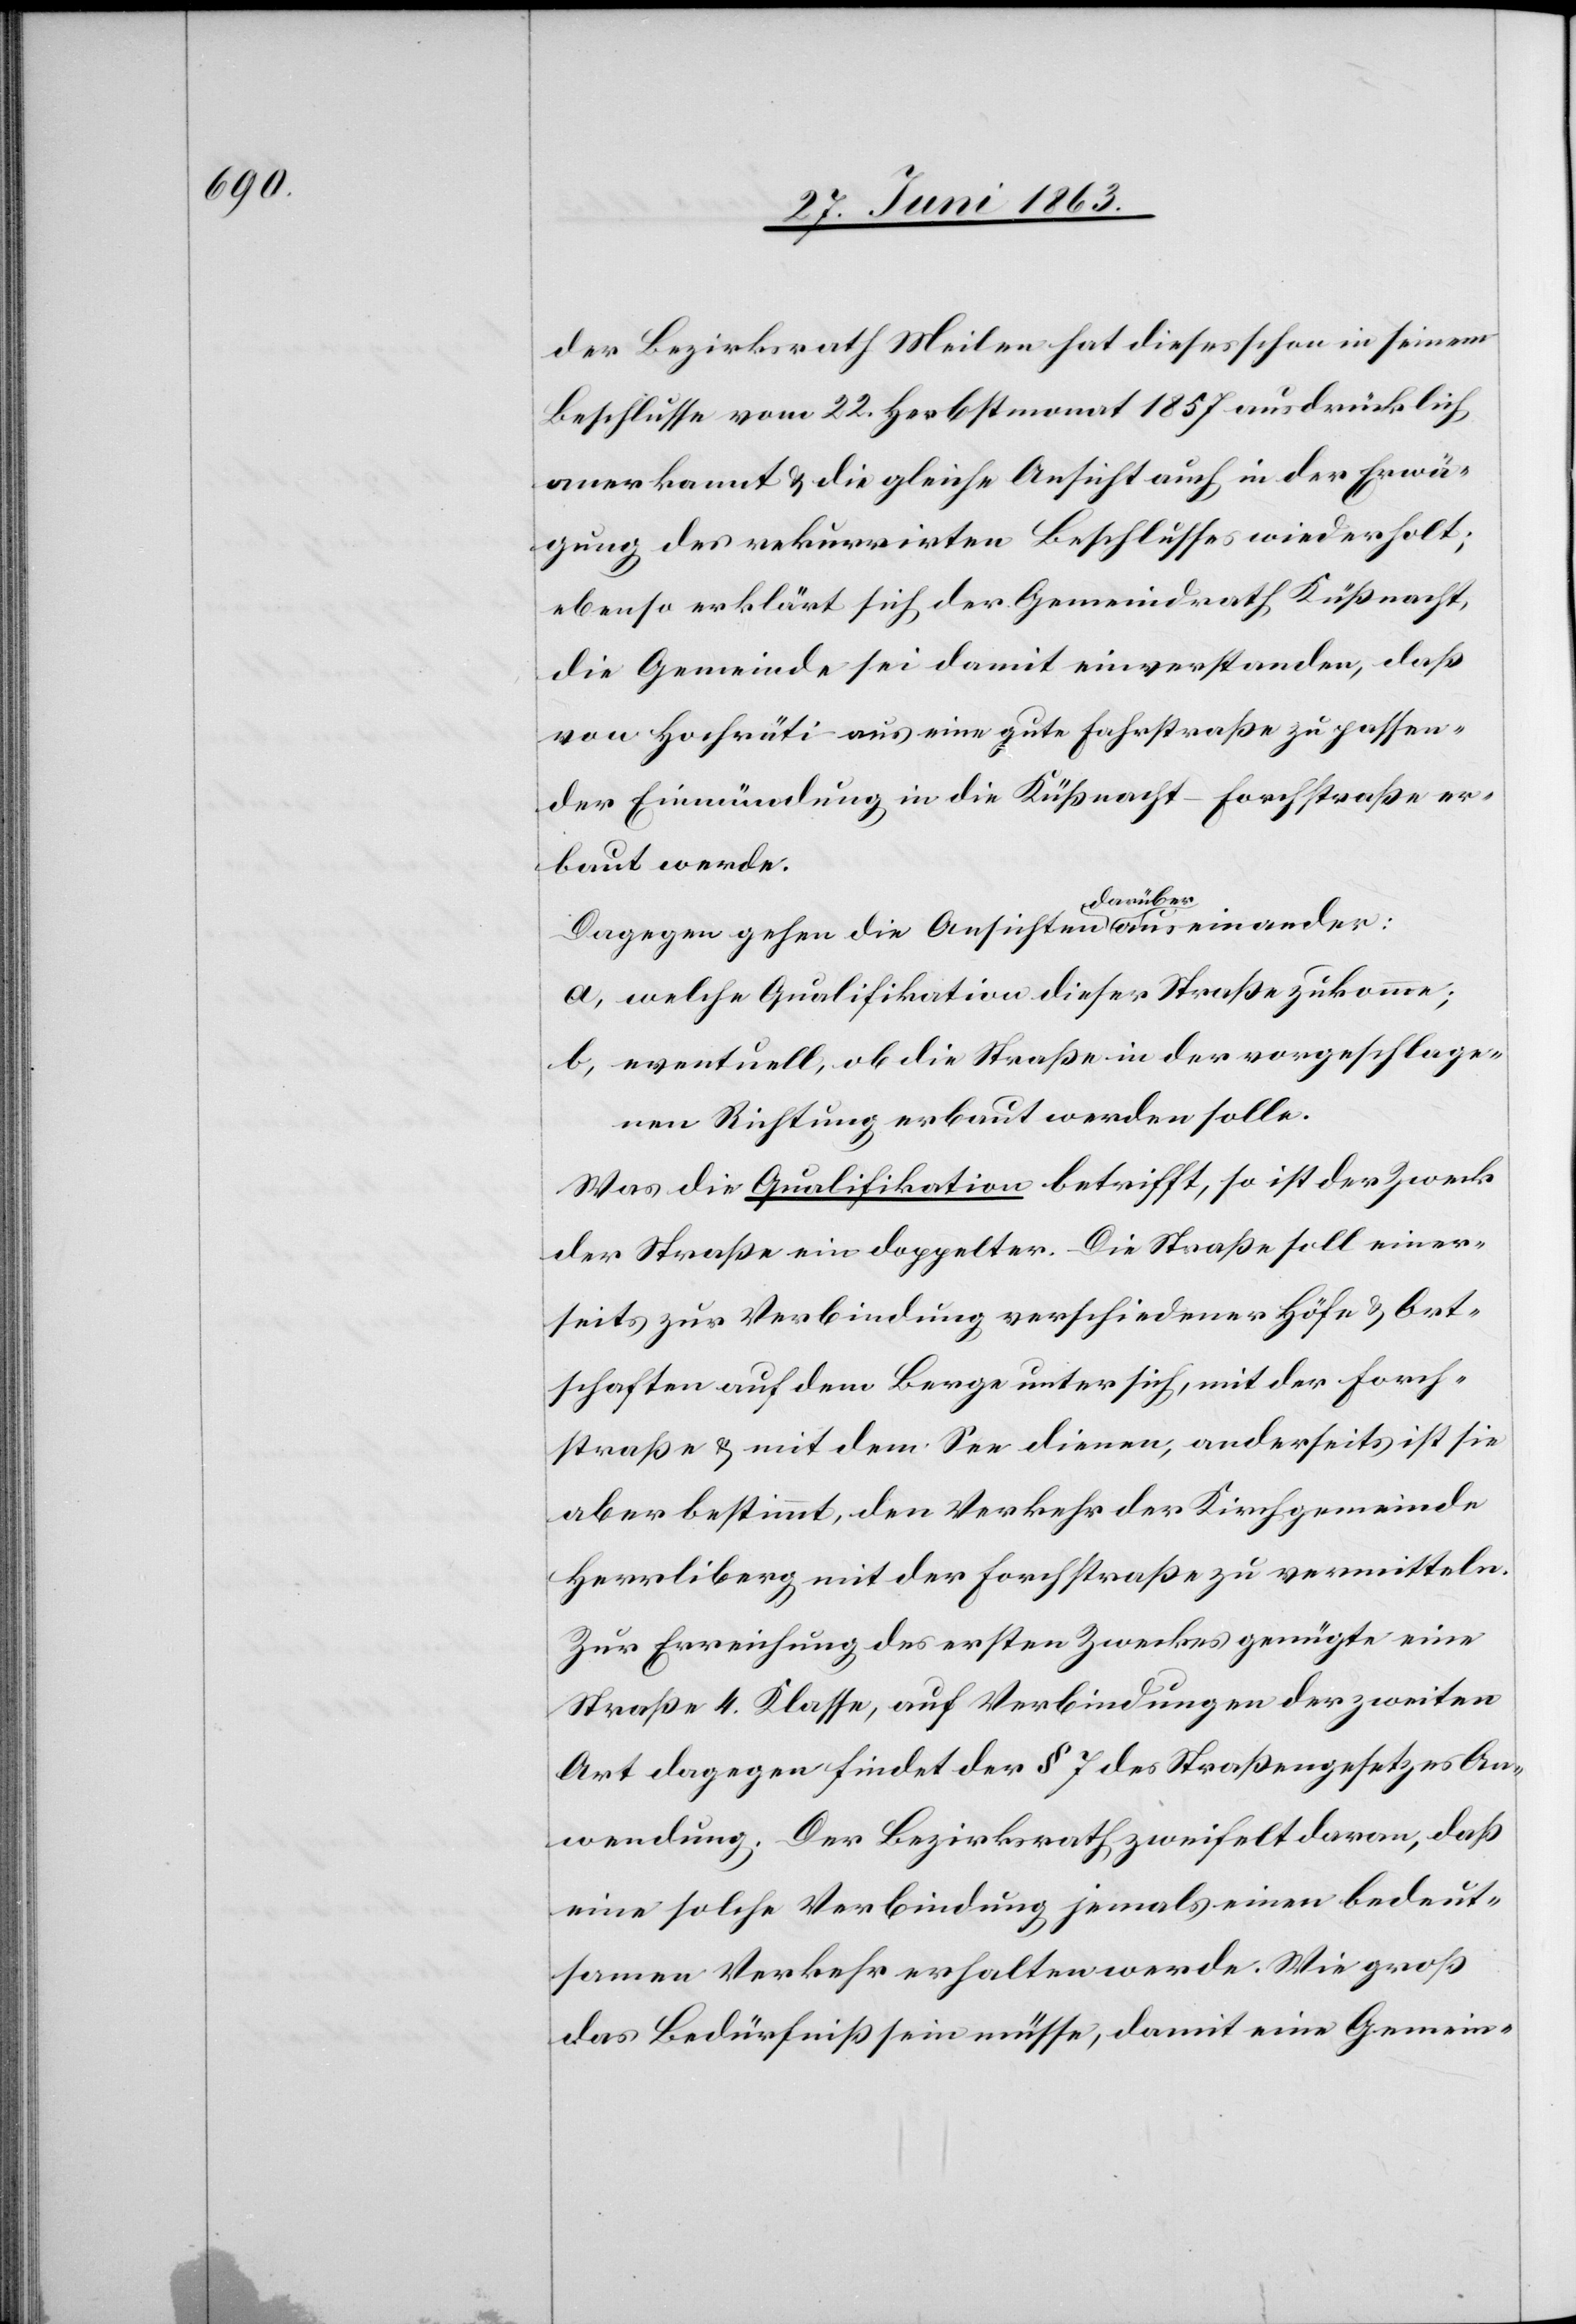
der Bezirksrath Meilen hat dieses schon in seinem
Beschlusse vom 22. Herbstmonat 1857 ausdrücklich
anerkannt & die gleiche Ansicht auch in der Erwä¬
gung des rekurrirten Beschlusses wiederholt;
ebenso erklärt sich der Gemeindrath Küßnacht,
die Gemeinde sei damit einverstanden, daß
von Hochrüti aus eine gute Fahrstraße zu passen¬
der Einmündung in die Küßnacht-Forchstraße er¬
baut werde.
Dagegen gehen die Ansichten darüber auseinander:
a) welche Qualifikation dieser Straße zukomme;
b) eventuell, ob die Straße in der vorgeschlage¬
nen Richtung erbaut werden solle.
Was die Qualifikation betrifft, so ist der Zweck
der Straße ein doppelter. Die Straße soll einer¬
seits zur Verbindung verschiedener Höfe & Ort¬
schaften auf dem Berge unter sich, mit der Forch¬
straße & mit dem See dienen, anderseits ist sie
aber bestimmt, den Verkehr der Kirchgemeinde
Herrliberg mit der Forchstraße zu vermitteln.
Zur Erreichung des ersten Zweckes genügte eine
Straße 4. Klasse, auf Verbindungen der zweiten
Art dagegen findet der § 7 des Straßengesetzes An¬
wendung. Der Bezirksrath zweifelt daran, daß
eine solche Verbindung jemals einen bedeut¬
samen Verkehr erhalten werde. Wie groß
das Bedürfniß sein müsse, damit eine Gemein-